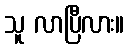
သူ လာပြီလား။